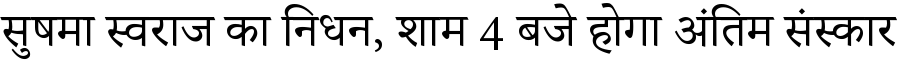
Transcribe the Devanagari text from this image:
सुषमा स्वराज का निधन, शाम 4 बजे होगा अंतिम संस्कार